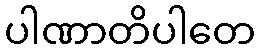
ပါဏာတိပါတေ